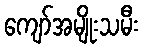
ကျော်အမျိုးသမီး